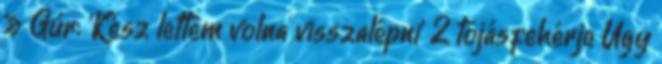
» Gúr: 'Kész lettem volna visszalépni' 2 tojásfehérje Úgy